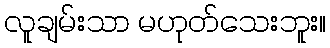
လူချမ်းသာ မဟုတ်သေးဘူး။